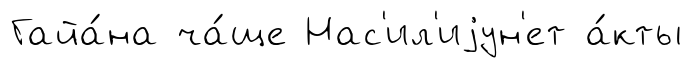
Гайа́на ча́ще Нас'ил'иjун'ет а́кты